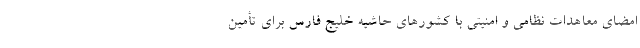
امضای معاهدات نظامی و امنیتی با کشورهای حاشیه خلیج فارس برای تأمین